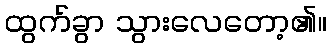
ထွက်ခွာ သွားလေတော့၏။